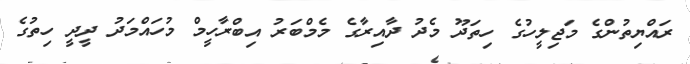
ރައްޔިތުންގެ މަޖިލީހުގެ ހިތަދޫ މެދު ދާއިރާގެ މެމްބަރު އިބްރާހީމް މުހައްމަދު ދީދީ ހިތުގެ